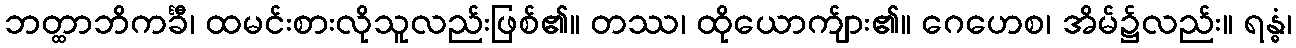
ဘတ္ထာဘိကင်္ခီ၊ ထမင်းစားလိုသူလည်းဖြစ်၏။ တဿ၊ ထိုယောက်ျား၏။ ဂေဟေစ၊ အိမ်၌လည်း။ ရန္ဓံ၊